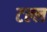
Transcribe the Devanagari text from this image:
टल्ल